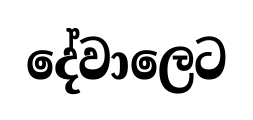
දේවාලෙට